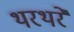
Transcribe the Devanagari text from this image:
थरथरे